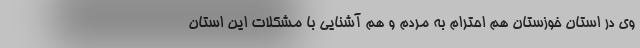
وی در استان خوزستان هم احترام به مردم و هم آشنایی با مشکلات این استان